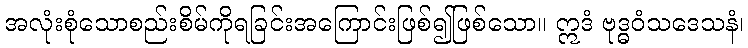
အလုံးစုံသောစည်းစိမ်ကိုရခြင်းအကြောင်းဖြစ်၍ဖြစ်သော။ ဣဒံ ဗုဒ္ဓဝံသဒေသနံ၊